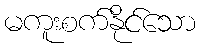
မကူးစက်နိုင်သော